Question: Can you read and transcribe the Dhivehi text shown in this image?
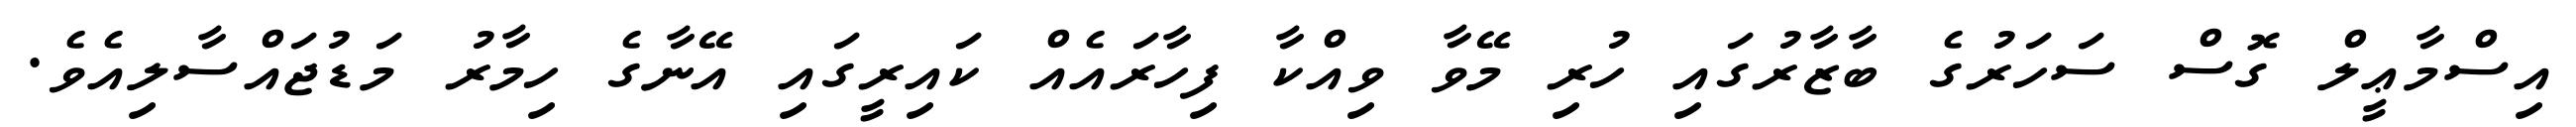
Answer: އިސްމާޢީލް ގޮސް ސަހަރުގެ ބާޒާރުގައި ހުރި މޭވާ ވިއްކާ ފިހާރައެއް ކައިރީގައި އޭނާގެ ހިމާރު މަޑުޖައްސާލިއެވެ.